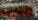
القريه